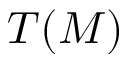
T ( M )